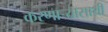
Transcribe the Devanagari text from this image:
करणार्‍यासाथी